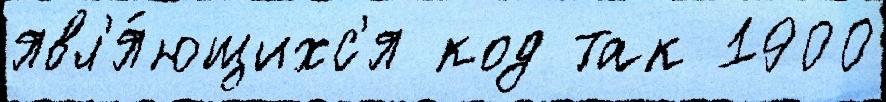
явл'я́ющихс'я код так 1900